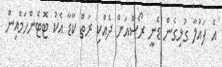
އެ ފައުލާ ގުޅިގެން ޑެނީ ރޯސްއަށް ދެއްކި ރަތް ކާޑާ އެކު ޓޮޓެންހަމްއިން